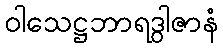
ဝါသေဋ္ဌဘာရဒွါဇာနံ